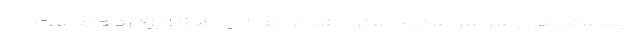
بیمارستان‌های سراسر استان بستری شدند که از این لحاظ یزد رتبه نخست